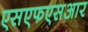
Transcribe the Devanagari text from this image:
एसएफएसआर